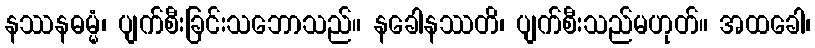
နဿနဓမ္မံ၊ ပျက်စီးခြင်းသဘောသည်။ နခေါနဿတိ၊ ပျက်စီးသည်မဟုတ်။ အထခေါ၊